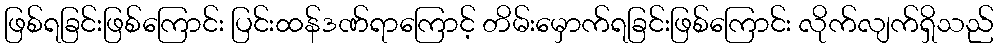
ဖြစ်ရခြင်းဖြစ်ကြောင်း ပြင်းထန်ဒဏ်ရာကြောင့် တိမ်းမှောက်ရခြင်းဖြစ်ကြောင်း လိုက်လျက်ရှိသည်